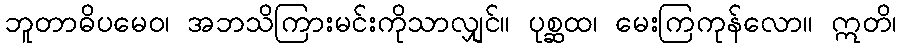
ဘူတာဓိပမေဝ၊ အဘသိကြားမင်းကိုသာလျှင်။ ပုစ္ဆထ၊ မေးကြကုန်လော။ ဣတိ၊